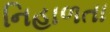
નિહાળતા